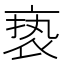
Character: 亵